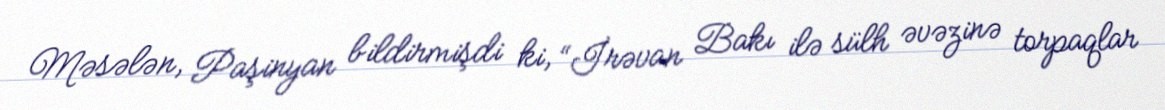
Məsələn, Paşinyan bildirmişdi ki, “İrəvan Bakı ilə sülh əvəzinə torpaqlar